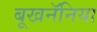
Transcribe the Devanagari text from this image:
बूखनॅनिया